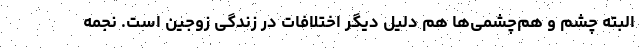
البته چشم و هم‌چشمی‌ها هم دلیل دیگر اختلافات در زندگی زوجین است. نجمه